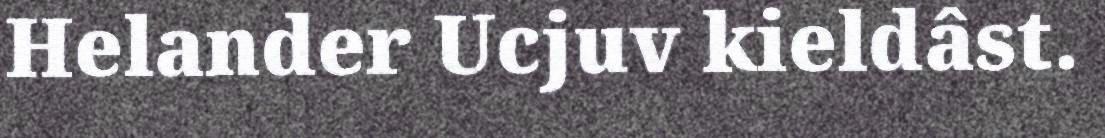
Helander Ucjuv kieldâst.